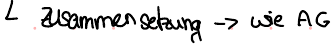
zusammensetzung -> wie AG